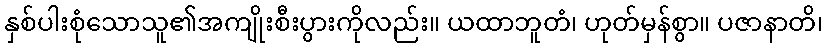
နှစ်ပါးစုံသောသူ၏အကျိုးစီးပွားကိုလည်း။ ယထာဘူတံ၊ ဟုတ်မှန်စွာ။ ပဇာနာတိ၊